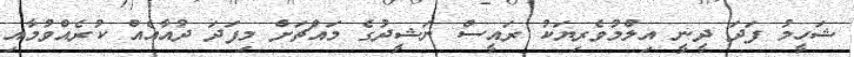
ޝަހީމު ފަދަ ދީނީ އިލްމުވެރިޔަކު ރައީސް ނަޝީދުގެ މައްޗަށް މިފަދަ ދުއާއެއް ކުރެއްވުމާއި